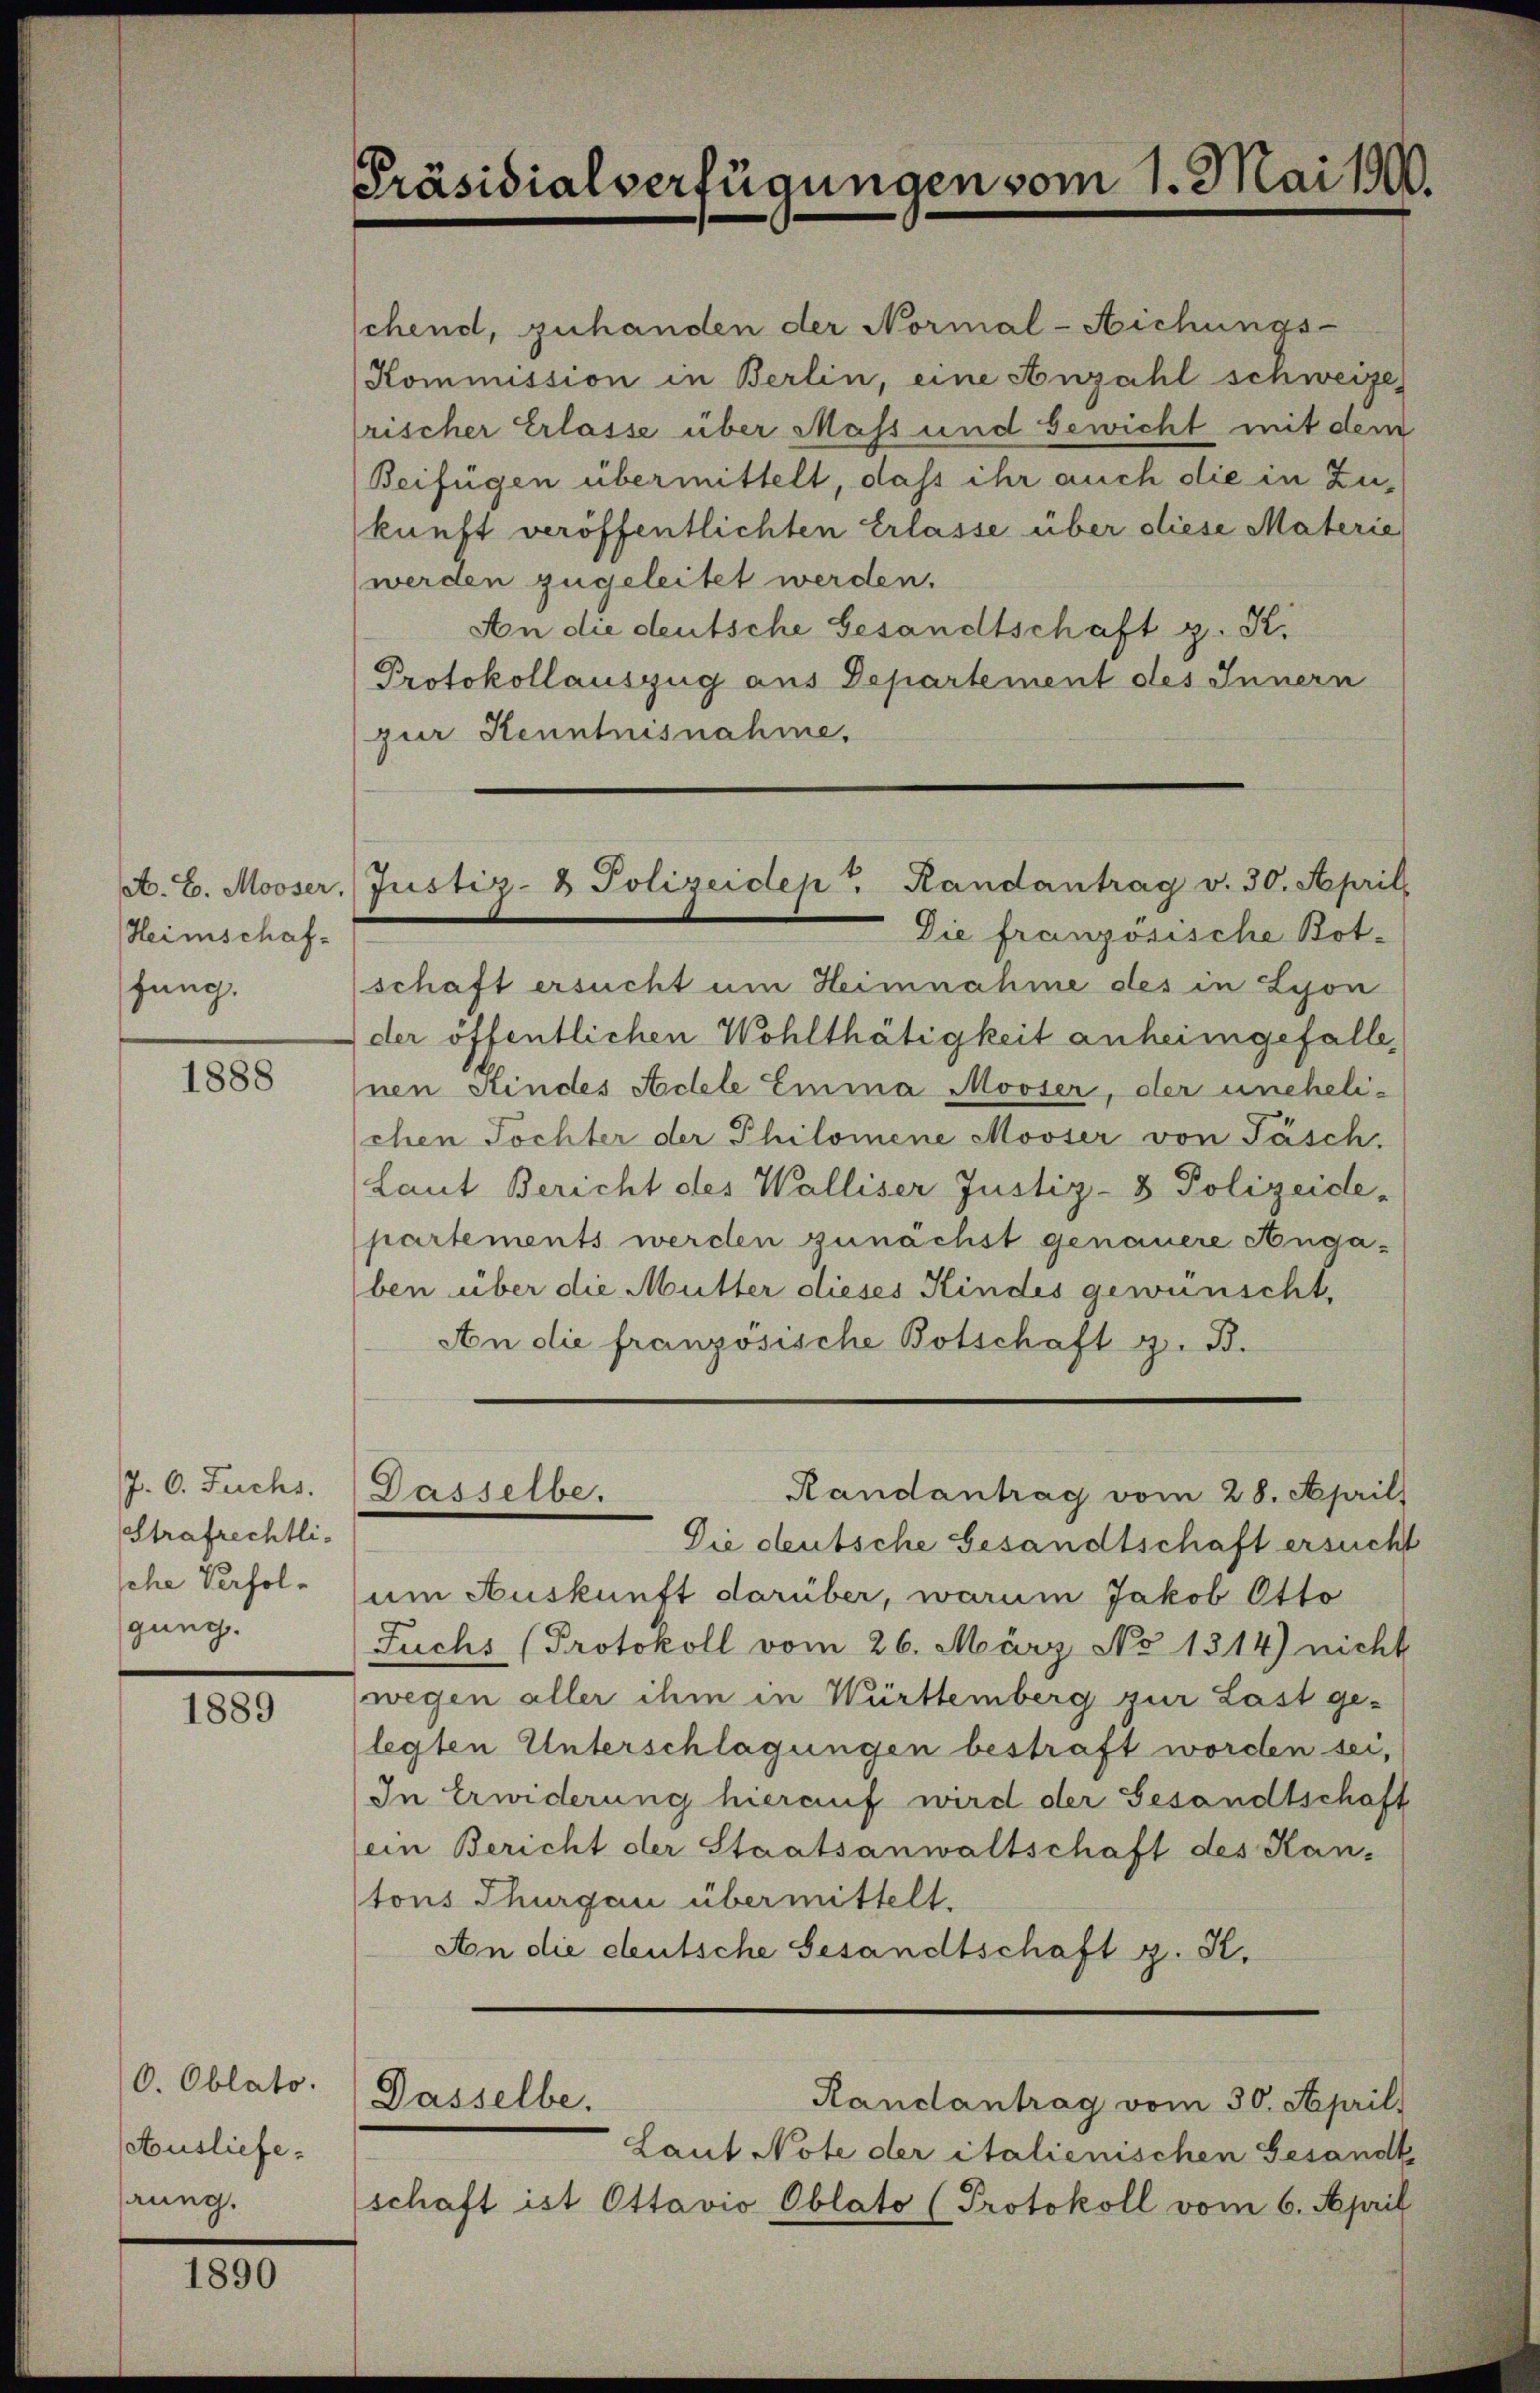
A. E. Mooser.
Heimschafhung.

1888

J. C. Fuchs.
Strafrechtli-
sche Verfolgung.

1889

O. Oblato.
Ausliefehrung.

1890

Präsidialverfügungen vom 1. Mai 1900.

chend, zuhanden der Normal-Nichungs-
Kommission in Berlin, eine Anzahl schweize
rischer Erlasse über Mass und bewicht mit dem

Justiz- & Polizeidep Randantrag v. 30. April

Randantrag vom 28. April
Dasselbe.

Beifügen übermittelt, dass ihr auch die in Zukunft veröffentlichten Erlasse über diese Materie
werden zugeleitet werden.
An die deutsche Gesandtschaft g. K.
Protokollauszug aus Departement des Innern
zur Kenntnisnahme.

Die französische Botschaft ersucht um Heimnahme des in Lyon
der öffentlichen Wohlthätigkeit anheimgefalle,
nen Kindes Achele Emma Mooser, der unehelischen Tochter der Philomene Mooser von Täsch
Laut Bericht des Walliser Justiz- & Polizeide-
partements werden zunächst genauere Angaben über die Mutter dieses Kindes gewünscht,
An die französische Botschaft z. B.
Die deutsche Gesandtschaft ersucht
um Auskunft darüber, warum Jakob Otto
Fuchs (Protokoll vom 26. März No 1314) nicht
wegen aller ihm in Württemberg zur Last ge-
legten Unterschlagungen bestraft worden sei,
In Erwiderung hierauf wird der Gesandtschaft
ein Bericht der Staatsanwaltschaft des Kan-
tons Thurgau übermittelt.
An die deutsche Gesandtschaft z. K.
Dasselbe.
Randantrag vom 30. April.
Laut Note der italienischen Gesandt
schaft ist Ottavio Oblato (Protokoll vom 6. April